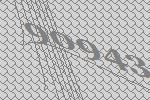
90943